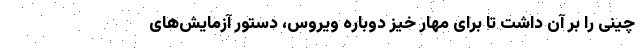
چینی را بر آن داشت تا برای مهار خیز دوباره ویروس، دستور آزمایش‌های